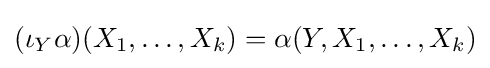
(\iota _{Y}\alpha )(X_{1},\ldots ,X_{k})=\alpha (Y,X_{1},\ldots ,X_{k})